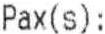
PAX(S):